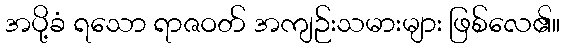
အပို့ခံ ရသော ရာဇဝတ် အကျဉ်းသမားများ ဖြစ်လေ၏။